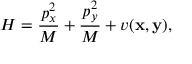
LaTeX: H = \frac { p _ { x } ^ { 2 } } { M } + \frac { p _ { y } ^ { 2 } } { M } + v ( { \bf x } , { \bf y } ) ,